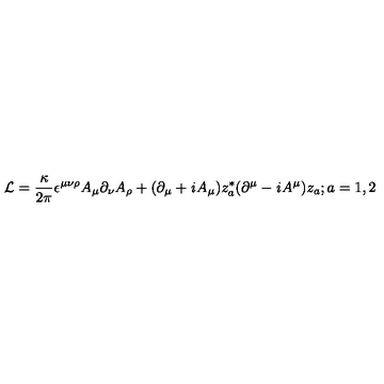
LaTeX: { \cal L } = \frac { \kappa } { 2 \pi } \epsilon ^ { \mu \nu \rho } A _ { \mu } \partial _ { \nu } A _ { \rho } + ( \partial _ { \mu } + { \it i } A _ { \mu } ) z _ { a } ^ { * } ( \partial ^ { \mu } - { \it i } A ^ { \mu } ) z _ { a } ; a = 1 , 2